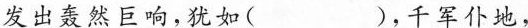
发出轰然巨响，犹如( )，千军仆地，